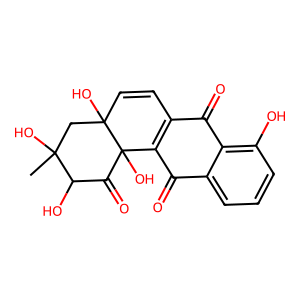
SMILES: CC1(O)CC2(O)C=CC3=C(C(=O)c4cccc(O)c4C3=O)C2(O)C(=O)C1O
Inhibits HIV replication: No